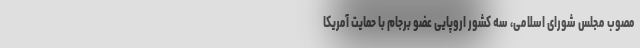
مصوب مجلس شورای اسلامی، سه کشور اروپایی عضو برجام با حمایت آمریکا